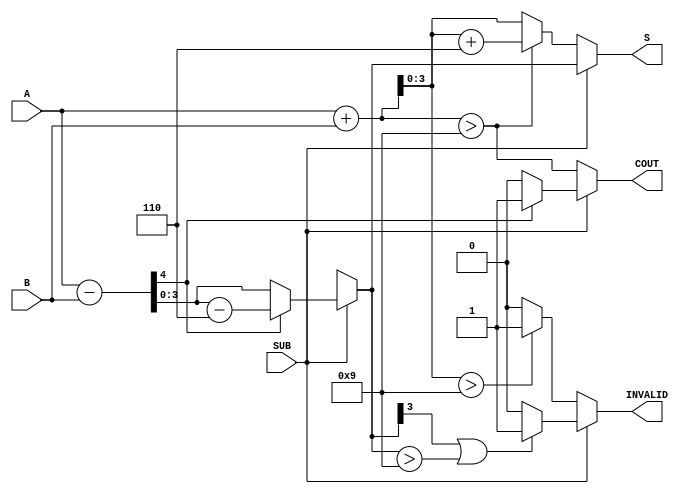
module BCD_Add_Subtracter (
    input wire [3:0] A,       // First BCD digit
    input wire [3:0] B,       // Second BCD digit
    input wire SUB,           // Control signal for addition/subtraction
    output reg [3:0] S,       // Resulting BCD digit
    output reg COUT,          // Carry-out / Borrow flag
    output reg INVALID        // Invalid BCD flag
);

    wire [4:0] sum;           // 5-bit sum for addition
    wire [4:0] diff;          // 5-bit difference for subtraction
    wire add_carry;           // Carry from addition
    wire sub_borrow;          // Borrow from subtraction

    // Perform addition
    assign sum = A + B;       
    assign add_carry = sum > 4'b1001; // Check if sum exceeds 9

    // Perform subtraction
    assign diff = A - B;     
    assign sub_borrow = diff[4]; // Check if there was a borrow

    always @(*) begin
        if (SUB) begin
            // Subtraction operation
            if (sub_borrow) begin
                // A < B case, correct by adding 6
                S = diff[3:0] - 4'b0110; // Correcting result
                COUT = 1'b1;              // Set borrow flag
            end else begin
                S = diff[3:0];
                COUT = 1'b0;              // No borrow
            end
            // Check for validity in subtraction
            INVALID = (S[3] == 1'b1 || (S > 4'b1001)) ? 1'b1 : 1'b0;
        end else begin
            // Addition operation
            S = sum[3:0];
            COUT = add_carry; // Set carry-out
            // Check for validity in addition
            INVALID = (S > 4'b1001) ? 1'b1 : 1'b0;

            // If sum exceeds 9, correct by adding 6
            if (add_carry) begin
                S = S + 4'b0110;
            end
        end
    end

endmodule